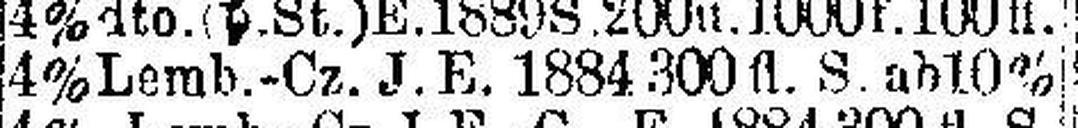
4% Lemb.-Cz. J. E. 1884 300 fl. S. ab 10%